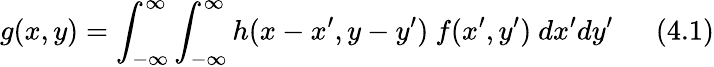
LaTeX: g(x,y)=\int_{-\infty}^{\infty}\int_{-\infty}^{\infty}h(x-x^{\prime},y-y^{\prime})~f(x^{\prime},y^{\prime})~dx^{\prime}dy^{\prime}~~~~~~(4.1)